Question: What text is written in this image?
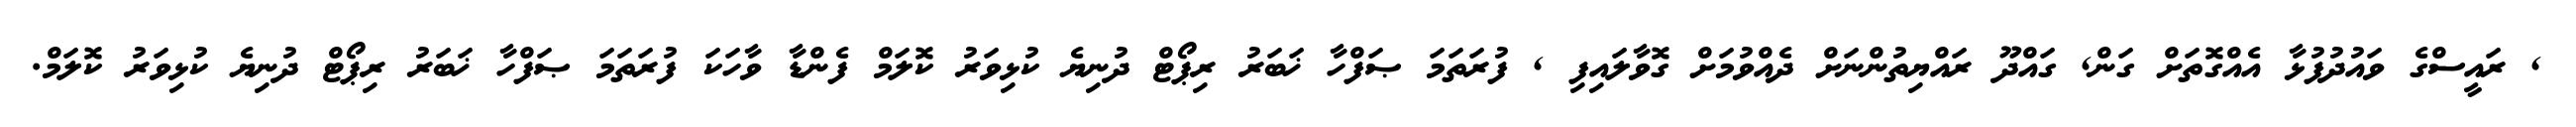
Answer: , ރައީސްގެ ވައުދުފުޅާ އެއްގޮތަށް ގަން, ގައްދޫ ރައްޔިތުންނަށް ދެއްވުމަށް ގޮވާލައިފި , ފުރަތަމަ ޞަފްހާ ޚަބަރު ރިޕޯޓް ދުނިޔެ ކުޅިވަރު ކޮލަމް ފެންޑާ ވާހަކަ ފުރަތަމަ ޞަފްހާ ޚަބަރު ރިޕޯޓް ދުނިޔެ ކުޅިވަރު ކޮލަމް.